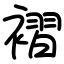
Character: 褶